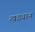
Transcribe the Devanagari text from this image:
खड्यानं